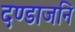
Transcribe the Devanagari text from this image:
दण्डाजनि